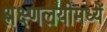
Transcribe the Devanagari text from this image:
श्लक्ष्णलयीमध्यें